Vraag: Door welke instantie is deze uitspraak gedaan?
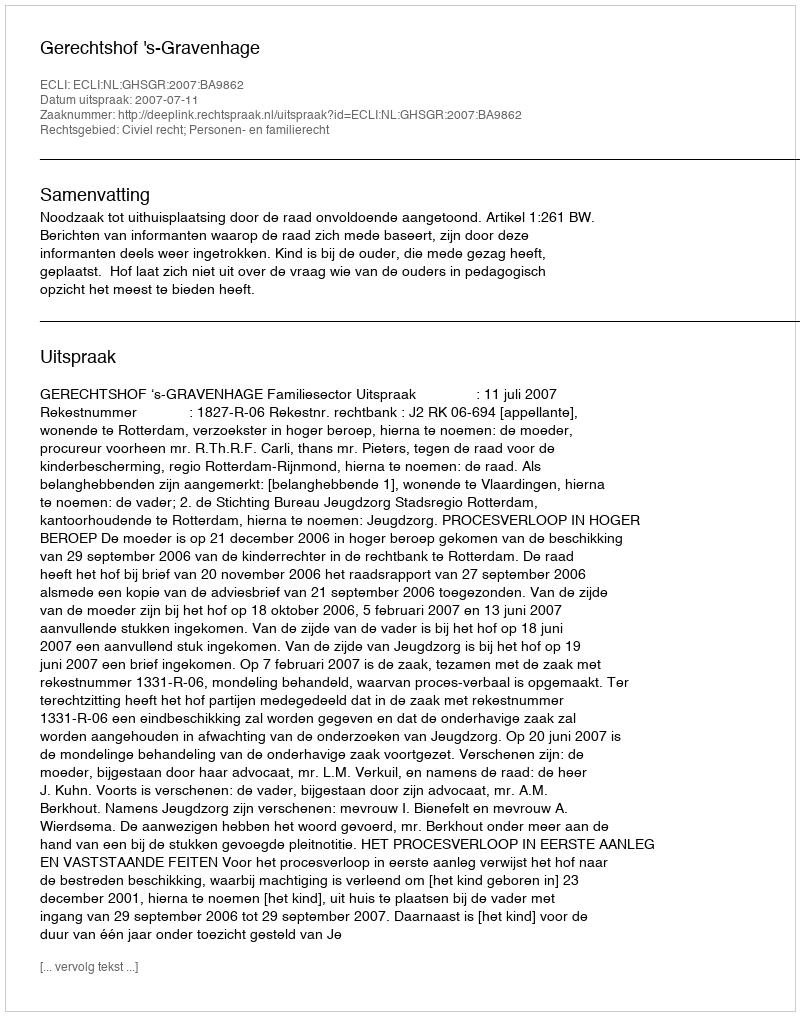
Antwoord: Gerechtshof 's-Gravenhage